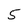
Character: 5